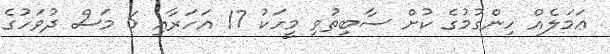
ޢަމަލެއް ހިންގުމުގެ ކުށް ސާބިތުވި މީހަކު 17 އަހަރާއި 6 މަސް ދުވަހުގެ